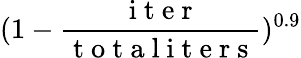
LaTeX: (1-\frac{\mathrm{~i~t~e~r~}}{\mathrm{~t~o~t~a~l~i~t~e~r~s~}})^{0.9}